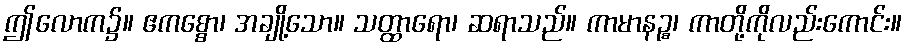
ဤလောက၌။ ဧကစ္စော၊ အချို့သော။ သတ္ထာရော၊ ဆရာသည်။ ကာမာနဉ္စ၊ ကာတို့ကိုလည်းကောင်း။